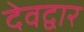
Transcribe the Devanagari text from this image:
देवद्वार